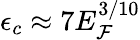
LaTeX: \epsilon_{c}\approx7E_{\mathcal{F}}^{3/10}